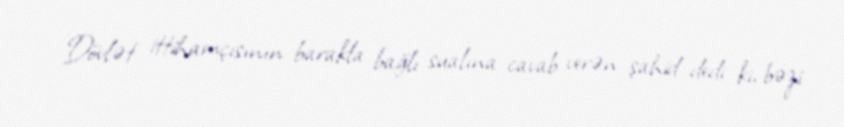
Dövlət ittihamçısının barakla bağlı sualına cavab verən şahid dedi ki, bəzi